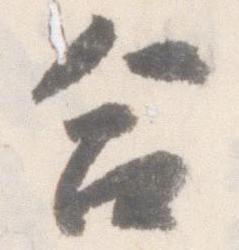
合